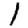
Digit: 1